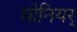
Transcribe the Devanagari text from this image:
सीनियर्